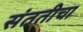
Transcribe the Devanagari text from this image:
संततीचा